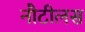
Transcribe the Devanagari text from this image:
नौटीलस